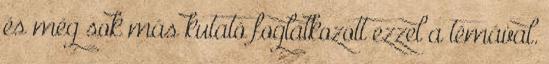
és még sok más kutató foglalkozott ezzel a témával.